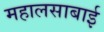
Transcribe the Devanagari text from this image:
महालसाबाई